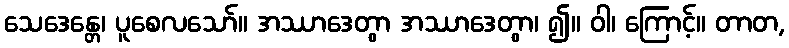
သေဒေန္တေ၊ ပူစေလသော်။ အဿာဒေတွာ အဿာဒေတွာ၊ ၍။ ဝါ၊ ကြောင့်။ တာတ,